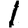
Digit: 1